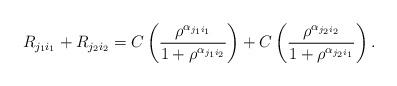
LaTeX: \begin{align*}R_{j_1i_1} + R_{j_2i_2} = C\left(\frac{\rho^{\alpha_{j_1i_1}}}{1+\rho^{\alpha_{j_1i_2}}}\right)+ C\left(\frac{\rho^{\alpha_{j_2i_2}}}{1+\rho^{\alpha_{j_2i_1}}}\right) .\end{align*}